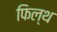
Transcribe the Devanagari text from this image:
फिल्थ